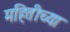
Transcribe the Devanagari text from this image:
महितीच्या